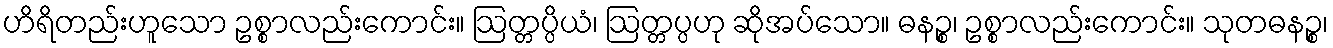
ဟိရိတည်းဟူသော ဥစ္စာလည်းကောင်း။ ဩတ္တပ္ပိယံ၊ ဩတ္တပ္ပဟု ဆိုအပ်သော။ ဓနဉ္စ၊ ဥစ္စာလည်းကောင်း။ သုတဓနဉ္စ၊